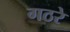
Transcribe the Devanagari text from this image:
गठरे